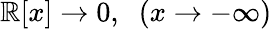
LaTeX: \mathbb{R}[x]\rightarrow0,\; \; (x\rightarrow-\infty)